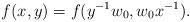
LaTeX: \begin{align*}f(x,y)=f(y^{-1}w_0,w_0x^{-1}).\end{align*}